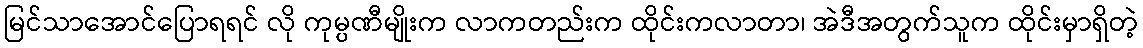
မြင်သာအောင်ပြောရရင် လို ကုမ္ပဏီမျိုးက လာကတည်းက ထိုင်းကလာတာ၊ အဲဒီအတွက်သူက ထိုင်းမှာရှိတဲ့